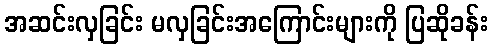
အဆင်းလှခြင်း မလှခြင်းအကြောင်းများကို ပြဆိုခန်း